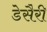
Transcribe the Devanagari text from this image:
डेसैरी